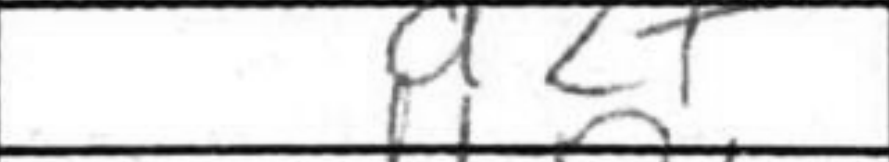
Transcription: d2+